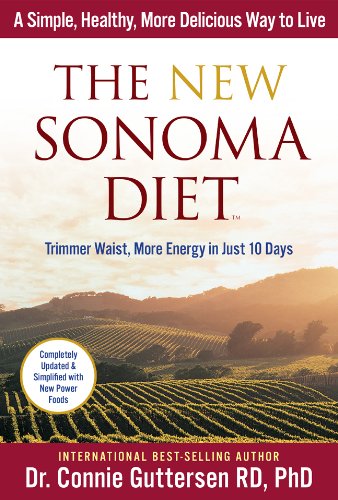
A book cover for The New Sonoma DietÂ®: Trimmer Waist, More Energy in Just 10 Days; Dr. Connie Guttersen RD  PhD; Cookbooks, Food & Wine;